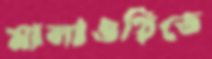
মালাওয়িতে